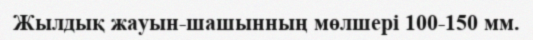
Жылдық жауын-шашынның мөлшері 100-150 мм.